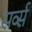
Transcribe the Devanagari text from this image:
सर्व्स